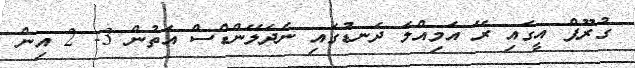
ގުރޫޕް އީގައި ރޭ އަމިއްލަ ދަނޑުގައި ނެދަލޭންޑްސް އަތުން 3- 2 އިން